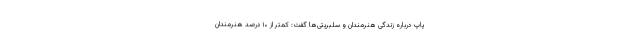
پاپ درباره زندگی هنرمندان و سلبریتی‌ها گفت: کمتر از ۱۰ درصد هنرمندان